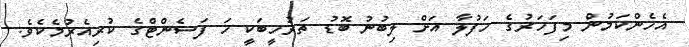
އެހެންކަމުން މިފަހަރުގެ ހަފުލާ އަށް ލިބުނު ބޮޑު ތަރުހީބަކީ ހަ ފަސެންޓްގެ ކުރިއެރުމެކެވެ.